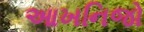
આખનિજો